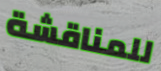
للمناقشة